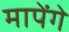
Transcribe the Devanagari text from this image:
मापेंगे